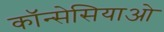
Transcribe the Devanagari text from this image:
कॉन्सेसियाओ